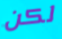
لكن